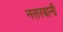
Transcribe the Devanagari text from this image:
नसरबानी